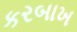
કરબાખ